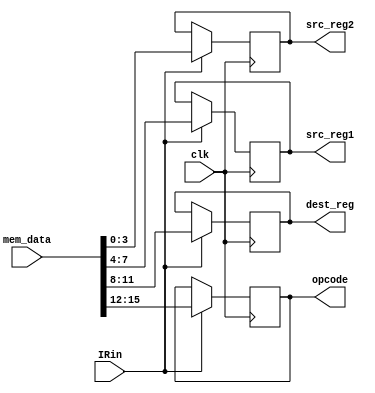
module Lab3_IReg(
	input [15:0] mem_data,
	input clk,
	input IRin,
	output reg [3:0] opcode,
	output reg [3:0] dest_reg,
	output reg [3:0] src_reg1,
	output reg [3:0] src_reg2
);

	always@(posedge clk)
    begin
        if(IRin==1)
        begin
            src_reg2 <= mem_data[3:0];
            src_reg1 <= mem_data[7:4];
            dest_reg <= mem_data[11:8];
            opcode <= mem_data[15:12];
        end
    end
	

endmodule